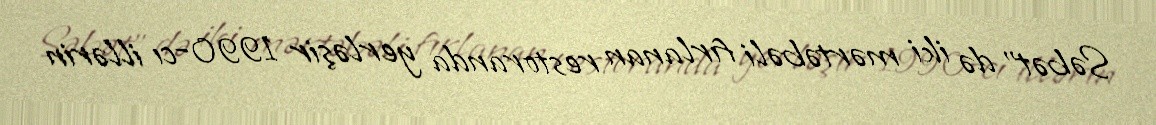
Səbət" də iki mərtəbəli fırlanan restoranda yerləşir 1990-cı illərin